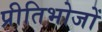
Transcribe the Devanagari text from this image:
प्रीतिभोजों